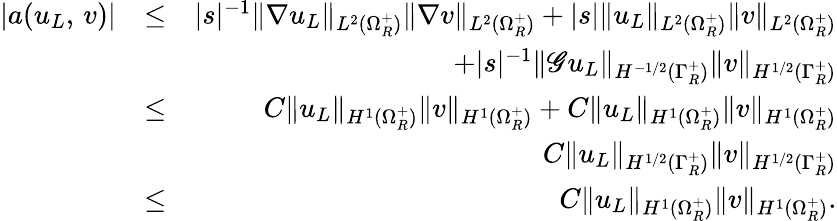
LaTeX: \begin{array}{rlr}{|a(u_{L},\, v)|}&{\leq}&{|s|^{-1}\| \nabla u_{L}\| _{L^{2}(\Omega_{R}^{+})}\| \nabla v\| _{L^{2}(\Omega_{R}^{+})}+|s|\| u_{L}\| _{L^{2}(\Omega_{R}^{+})}\| v\| _{L^{2}(\Omega_{R}^{+})}}\\ &{}&{+|s|^{-1}\| \mathscr{G}u_{L}\| _{H^{-1/2}(\Gamma_{R}^{+})}\| v\| _{H^{1/2}(\Gamma_{R}^{+})}}\\ &{\leq}&{C\| u_{L}\| _{H^{1}(\Omega_{R}^{+})}\| v\| _{H^{1}(\Omega_{R}^{+})}+C\| u_{L}\| _{H^{1}(\Omega_{R}^{+})}\| v\| _{H^{1}(\Omega_{R}^{+})}}\\ &{}&{C\| u_{L}\| _{H^{1/2}(\Gamma_{R}^{+})}\| v\| _{H^{1/2}(\Gamma_{R}^{+})}}\\ &{\leq}&{C\| u_{L}\| _{H^{1}(\Omega_{R}^{+})}\| v\| _{H^{1}(\Omega_{R}^{+})}.}\end{array}